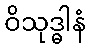
ဝိသုဒ္ဓါနံ